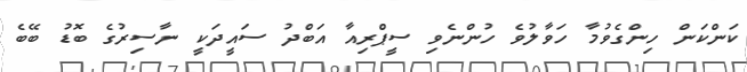
ކަންކަން ހިންގެވުމާ ހަވާލުވެ ހުންނެވި ސީޕްރިއާ އަބްދު ސައީދަކީ ނާސިރުގެ ބޮޑު ބޭބެ